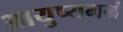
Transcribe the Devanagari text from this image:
आयुष्यमग्रं